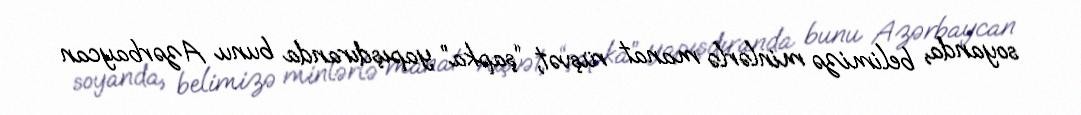
soyanda, belimizə minlərlə manat rüşvət, “şapka” yapışdıranda bunu Azərbaycan